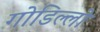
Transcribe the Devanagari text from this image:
गोडिल्लो